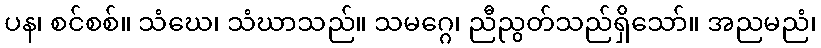
ပန၊ စင်စစ်။ သံဃေ၊ သံဃာသည်။ သမဂ္ဂေ၊ ညီညွတ်သည်ရှိသော်။ အညမညံ၊